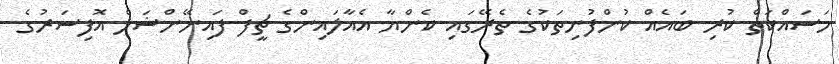
މަސައްކަތް ކުރި ބައެއް ކުންފުނިތަކުގެ ތެރޭގައި ކެންޔާ އެއާލައިންގެ ޗީފް ފައިނޭންޝަލް އޮފިސަރުގެ